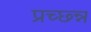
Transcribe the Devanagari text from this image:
प्रच्छ्न्न